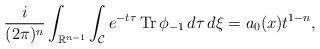
LaTeX: \begin{align*} \frac{i}{(2 \pi)^{n}}\int_{\mathbb{R}^{n-1}}\int_{\mathcal{C}} e^{-t\tau} \operatorname{Tr} \phi_{-1} \,d\tau \,d\xi =a_0(x)t^{1-n},\end{align*}